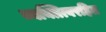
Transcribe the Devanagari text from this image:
व्यक्तित्वरहित